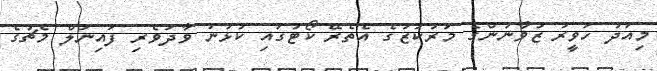
މިއަދު ހަވީރު ޒުވާނުންގެ މަރުކަޒުގެ އެތެރޭ ކޯޓުގައި ކުޅުނު ވާދަވެރި ފައިނަލް މެޗުގެ